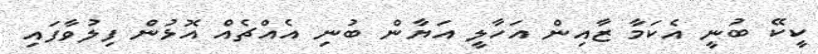
ކީކޭ ބުނީ އެކަމާ ޒާއިން އަހާލީ އަޔާން ބުނި އެއްޗެއް އޮޅުން ފިލުވާފައި